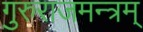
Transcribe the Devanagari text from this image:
गुरुराजमन्त्रम्